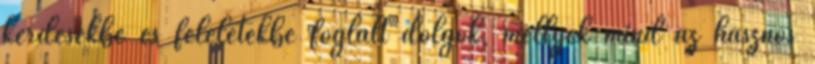
kérdésekbe és feleletekbe foglalt dolgok, mellyek mind az hasznos